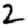
Digit: 2